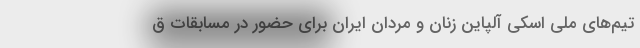
تیم‌های ملی اسکی آلپاین زنان و مردان ایران برای حضور در مسابقات ق